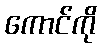
ကောင်ကို